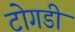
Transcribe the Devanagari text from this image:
टोगडी